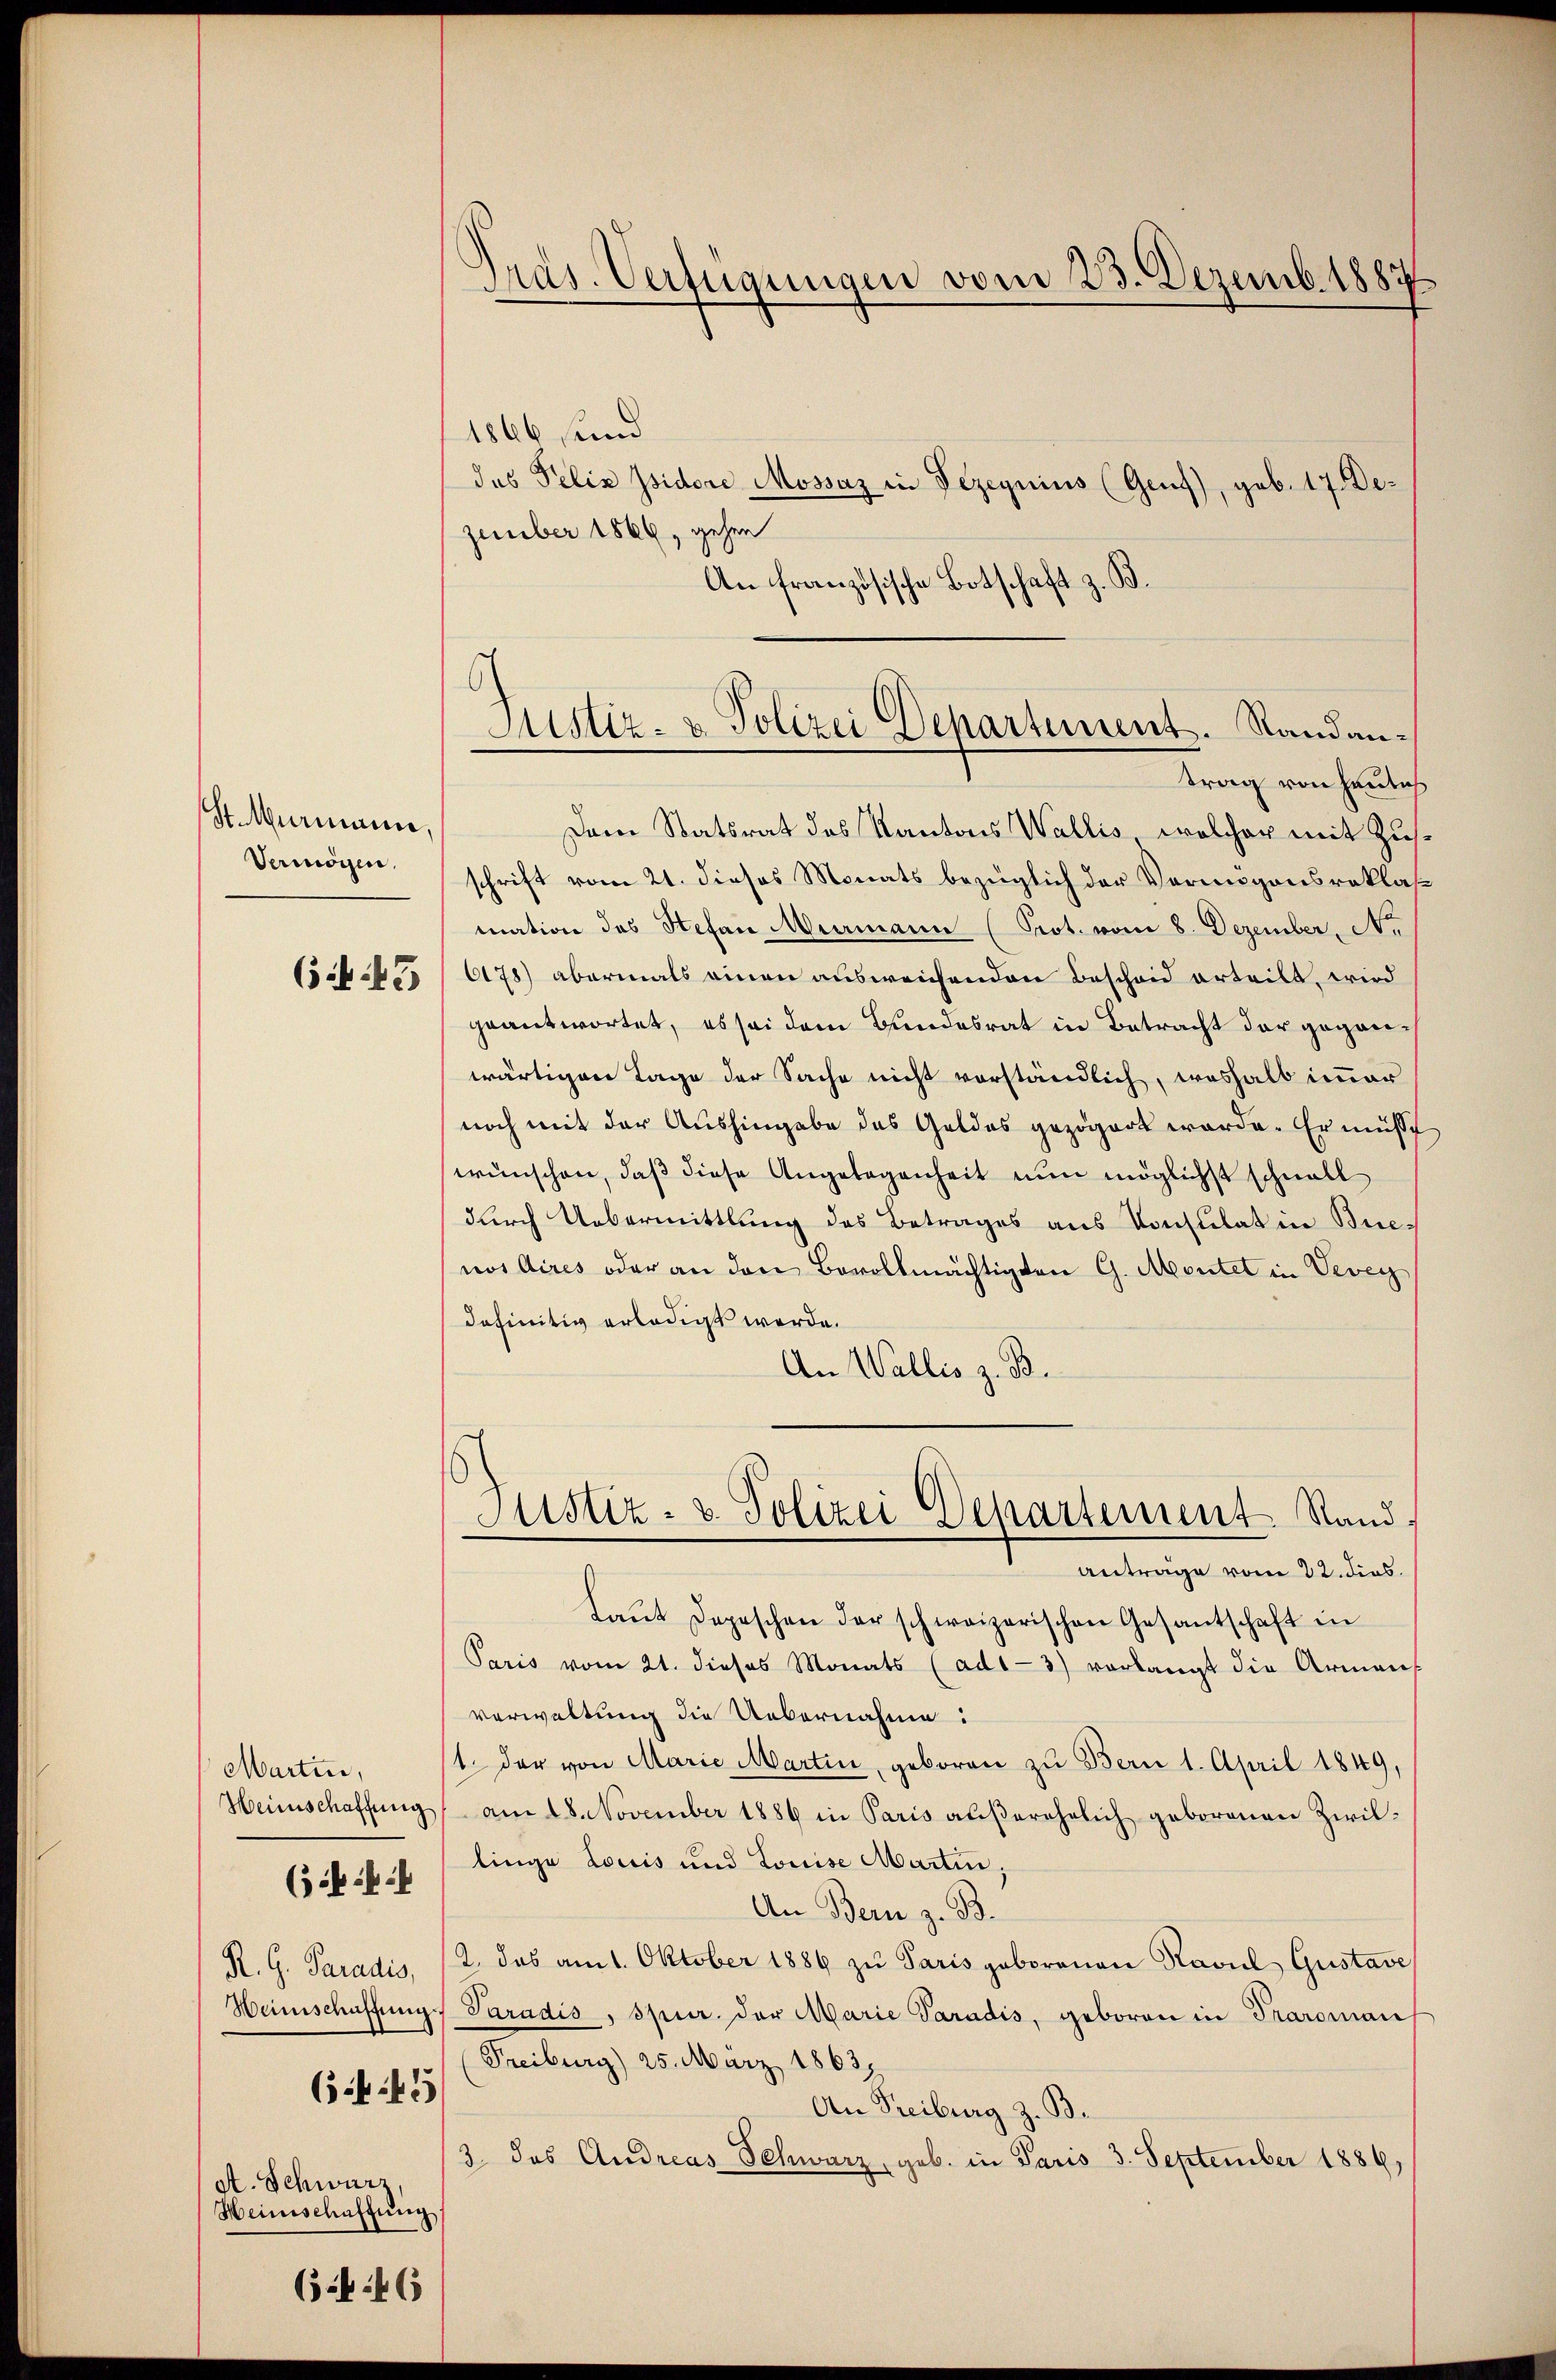
St Marianne,
Vermögen.

( N. 45

Martin,
R. G. Paradis,
Weinschaffung.

(ib ich

6445

at. Schwarz,
Heinschaftung

(446

Präs. Verfügungen vom 23. Dezemb. 1887

Justiz- & Polizei Departement. Standantrag von heutich

1866 und
das Felix Isidore Mossaz in Pezegnius (Genf), geb. 17 Dezember 1866, gehen
An französische Botschaft z. B.
Dem Statsrat des Kantons Wallis, welcher mit Zusschrift vom 21. dieses Monats bezüglich der Vermögensreklasmation des Stefan Meermann (Prot. vom 8. Dezember No.
6178) abermals einen ausweichenden Bescheid erteilt, wird
geantwortet, es sei dem Bundesrat in Betracht der geganwärtigen Tage der Sache nicht vorständlich, weshalb immer
noch mit der Aushingabe das Geldes gezögert werde. Er müsst
wünschen, daß diese Angelegenheit nun möglichst schnell
durch Uebermittlung des Betrages aus Konsulat in Buenos Aires oder an den Bevollmächtigten G. Montet in Vevey
definitiv erledigt werde.
An Wallis z. B.
Justiz- & Polizei Departement Stand,
Anträge vom 22. dies
Laŭt Depeschen der schweizerischen Gesantschaft in
Paris vom 21. dieses Monats (ad1-3) vorlangt die Armens
verwaltung die Uebernahme:
1. der von Marie Martin, geboren zu Bern 1. April 1849,
Heimschaffung am 18. November 1886 in Paris außerehelich geborenen Zivillinge Louis und Louise Martin,
An Bern z. B.
2. das am 1. Oktober 1886 zŭ Paris geborenen Kavul Gustave
Paradis, spur. der Marie Paradis, geboren in Traroman
Freiburg) 25. März 1863.
An Freiburg z. B.
3. das Andreas Schwarz, geb. in Paris 3. September 1886,